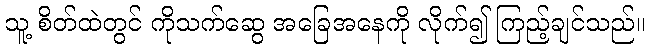
သူ့ စိတ်ထဲတွင် ကိုသက်ဆွေ အခြေအနေကို လိုက်၍ ကြည့်ချင်သည်။